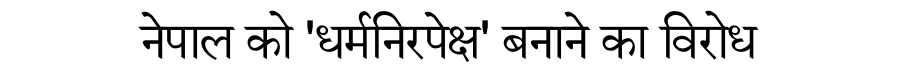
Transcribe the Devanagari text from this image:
नेपाल को 'धर्मनिरपेक्ष' बनाने का विरोध